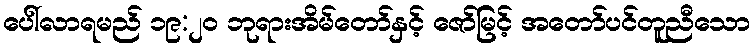
ပေါ်လာရမည် ၁၉:၂၀ ဘုရားအိမ်တော်နှင့် ဇော်မြင့် အတော်ပင်တူညီသော